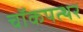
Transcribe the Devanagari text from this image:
चॉकपत्थर